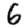
Digit: 6